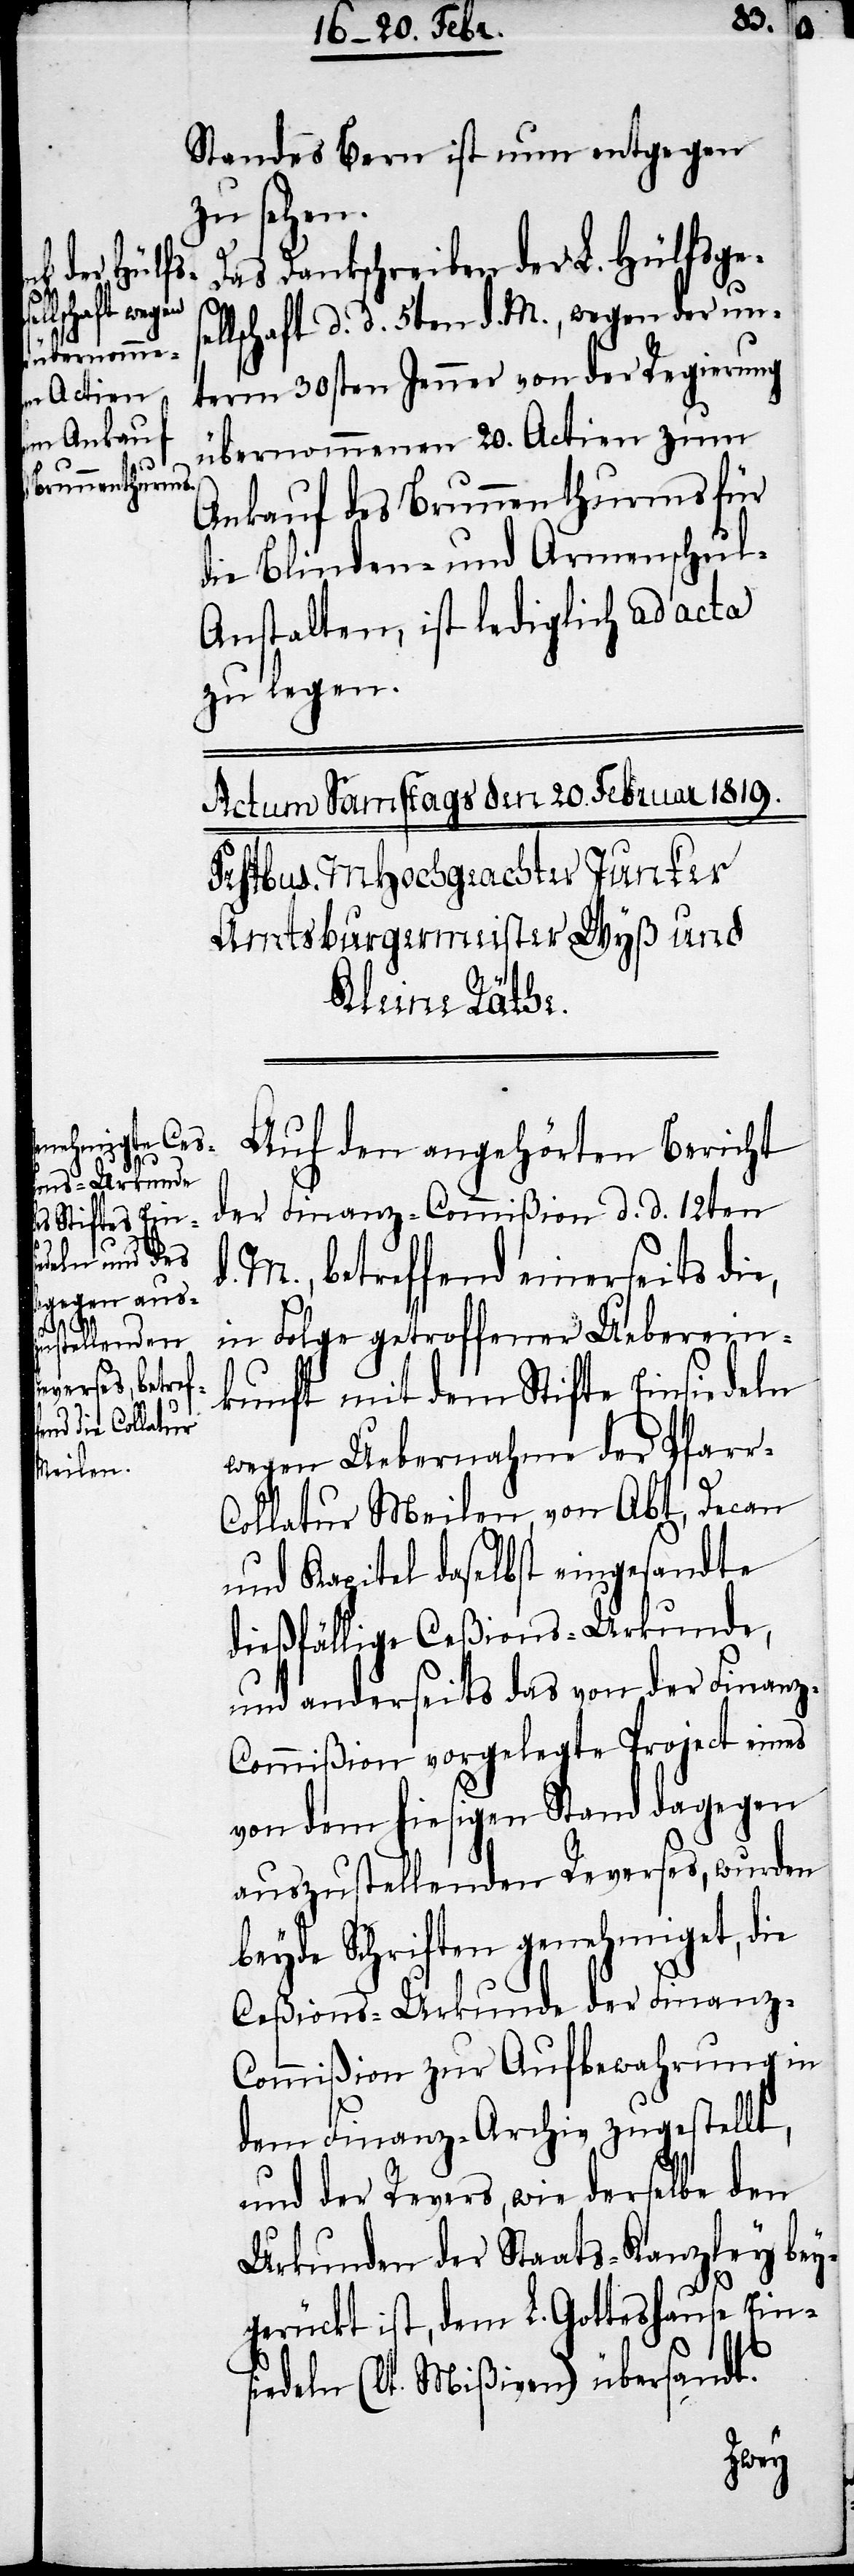
Standes Bern ist nun entgegen
zu sehen.
Das Dankschreiben der L. Hülfsge¬
llschaft d. d. 5ten d. M., wegen der un¬
term 30sten Jenner von der Regierung
übernommenen 20. Actien zum
Ankauf des Brunnenthurms für
die Blinden- und Armenschul-A¬
nstalten, ist lediglich ad acta
zu legen.
Auf den angehörten Bericht
d.
der Finanz-Commißion d. d. 12ten
M., betreffend einerseits di¬
e,
r-C¬
in Folge getroffener Ueberein¬
kunft mit dem Stifte Einsiedeln
wegen Uebernahme der Pfar¬
ollatur Meilen, von Abt, Decan
und Kapitel daselbst eingesandte
dießfällige Ceßions-Urkunde,
und anderseits das von der Finanz-C¬
ommißion vorgelegte Project eines
von dem hiesigen Stand dagegen
auszustellenden Reverses, wurden
beyde Schriften genehmiget, die
Ceßions-Urkunde der Finanz-C¬
ommißion zur Aufbewahrung in
dem Finanz-Archiv zugestellt,
und der Revers, wie derselbe den
Urkunden der Staats-Kanzley bey¬
gerückt ist, dem L. Gotteshause Ein¬
siedeln (lt. Mißiven) übersandt.